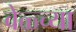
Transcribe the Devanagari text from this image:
वेळ्च्या